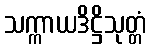
သက္ကာယဒိဋ္ဌိသုတ္တံ